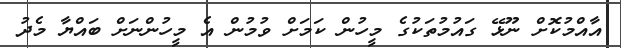
އާއްމުކޮށް ނޫޅޭ ގައުމުތަކުގެ މީހުން ކަމަށް ވުމުން އެ މީހުންނަށް ބައްޔާ މެދު